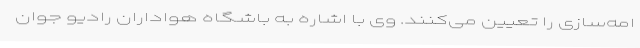
امه‌سازی را تعیین می‌کنند. وی با اشاره به باشگاه هواداران رادیو جوان